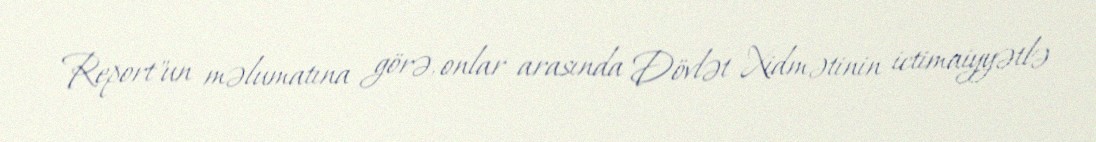
Report"un məlumatına görə, onlar arasında Dövlət Xidmətinin ictimaiyyətlə